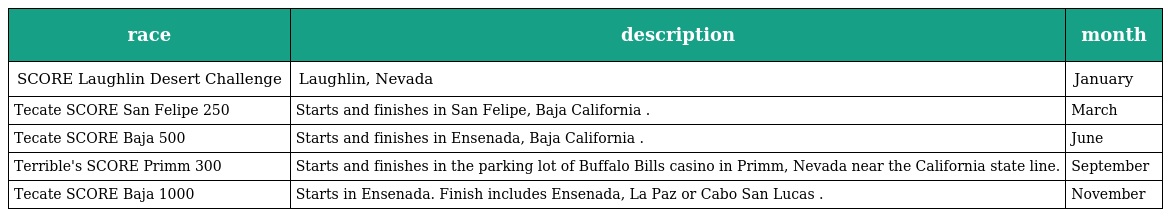
| race | description | month |
 | --- | --- | --- |
 | SCORE Laughlin Desert Challenge | Laughlin, Nevada | January |
 | Tecate SCORE San Felipe 250 | Starts and finishes in San Felipe, Baja California . | March |
 | Tecate SCORE Baja 500 | Starts and finishes in Ensenada, Baja California . | June |
 | Terrible's SCORE Primm 300 | Starts and finishes in the parking lot of Buffalo Bills casino in Primm, Nevada near the California state line. | September |
 | Tecate SCORE Baja 1000 | Starts in Ensenada. Finish includes Ensenada, La Paz or Cabo San Lucas . | November |